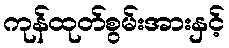
ကုန်ထုတ်စွမ်းအားနှင့်